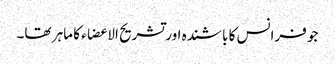
جو فرانس کا باشندہ اور تشریح الا عضاء کا ماہر تھا۔